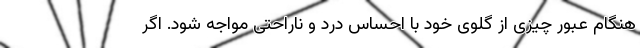
هنگام عبور چیزی از گلوی خود با احساس درد و ناراحتی مواجه شود. اگر